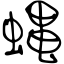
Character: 蝿